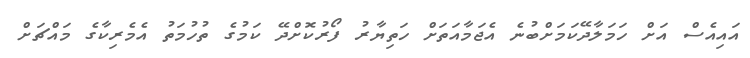
އައިއެސް އަށް ހަމަލާދޭކަމަށްބުނެ އެޖަމާއަތަށް ހަތިޔާރު ފޯރުކޮށްދޭ ކަމުގެ ތުހުމަތު އެމެރިކާގެ މައްޗަށް